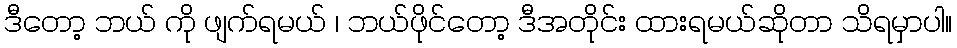
ဒီတော့ ဘယ် ကို ဖျက်ရမယ် ၊ ဘယ်ဖိုင်တော့ ဒီအတိုင်း ထားရမယ်ဆိုတာ သိရမှာပါ။